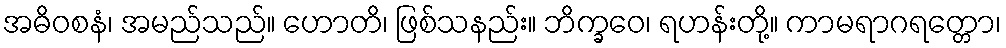
အဓိဝစနံ၊ အမည်သည်။ ဟောတိ၊ ဖြစ်သနည်း။ ဘိက္ခဝေ၊ ရဟန်းတို့။ ကာမရာဂရတ္တော၊